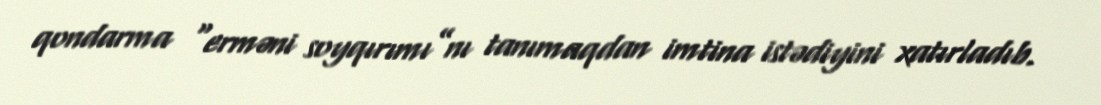
qondarma “erməni soyqırımı”nı tanımaqdan imtina istədiyini xatırladıb.